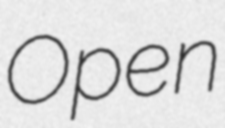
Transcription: Open